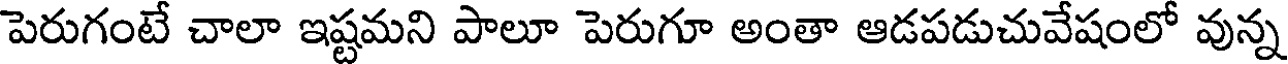
పెరుగంటే చాలా ఇష్టమని పాలూ పెరుగూ అంతా ఆడపడుచువేషంలో వున్న